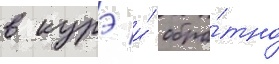
в курэ и́ обра́тно